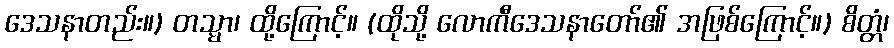
ဒေသနာတည်း။) တသ္မာ၊ ထို့ကြောင့်။ (ထိုသို့ လောကီဒေသနာတော်၏ အဖြစ်ကြောင့်။) စိတ္တံ၊